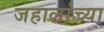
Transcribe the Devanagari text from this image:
जहालांच्या